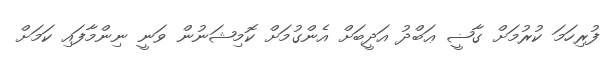
ފުރިހަމަ ކުރުމަށް ގާޟީ ޢަބްދު އަދީބަށް އެންގުމަށް ކޮމިޝަނުން ވަނީ ނިންމާފައި ކަމަށް